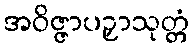
အဝိဇ္ဇာပဉှာသုတ္တံ